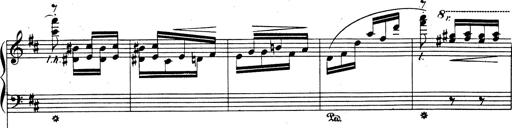
Title: Rhapsodie espagnole
Composer: Franz Liszt